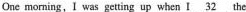
One morning, I was getting up when I \underline{32} the